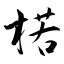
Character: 楉